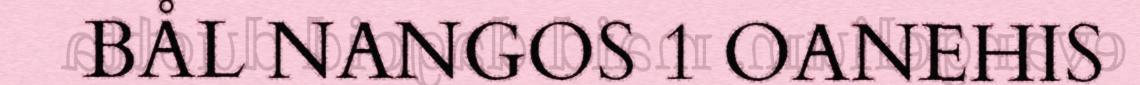
BÅL NANGOS 1 OANEHIS